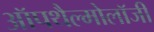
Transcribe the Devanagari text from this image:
ऑपथैल्मोलॉजी